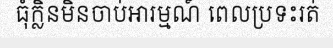
ធុំក្លិនមិនចាប់អារម្មណ៍ ពេលប្រទះរត់